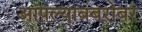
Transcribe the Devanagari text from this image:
आपल्याबबरोबर